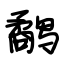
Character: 鹬